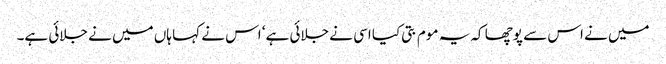
میں نے اس سے پوچھا کہ یہ موم بتی کیا اسی نے جلائی ہے‘ اس نے کہا ہاں میں نے جلائی ہے۔